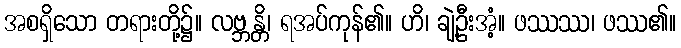
အစရှိသော တရားတို့၌။ လဗ္ဘန္တိ၊ ရအပ်ကုန်၏။ ဟိ၊ ချဲ့ဦးအံ့။ ဖဿဿ၊ ဖဿ၏။